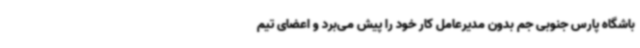
باشگاه پارس جنوبی جم بدون مدیرعامل کار خود را پیش می‌برد و اعضای تیم